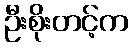
ဦးစိုးတင့်က